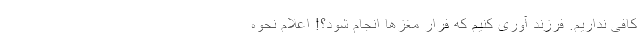
کافی نداریم. فرزند آوری کنیم که فرار مغز‌ها انجام شود؟! اعلام نحوه